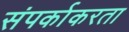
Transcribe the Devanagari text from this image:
संपर्काकरता